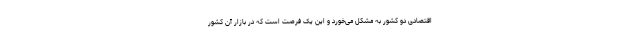
اقتصادی دو کشور به مشکل می‌خورد و این یک فرصت است که در بازار آن کشور